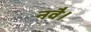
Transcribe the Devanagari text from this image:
नवै।